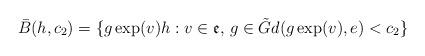
LaTeX: \begin{align*} \bar{B}(h,c_2)=\{g\exp(v)h:v\in \mathfrak{e},\,g\in \tilde{G}d(g\exp(v),e)<c_2\}\end{align*}